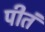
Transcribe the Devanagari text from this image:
पीतं